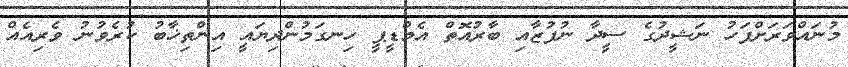
މުނައްވަރަށްފަހު ނަޝީދުގެ ސީދާ ނުފުޒާއި ބާރުއޮތް އެމްޑީޕީ ހިނގަމުންދިޔައީ އިންތިޚާބު ކުރެވުނު ވެރިއެއް